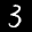
Label: 3